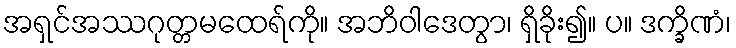
အရှင်အဿဂုတ္တမထေရ်ကို။ အဘိဝါဒေတွာ၊ ရှိခိုး၍။ ပ။ ဒက္ခိဏံ၊